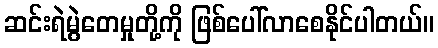
ဆင်းရဲမွဲတေမှုတို့ကို ဖြစ်ပေါ်လာစေနိုင်ပါတယ်။